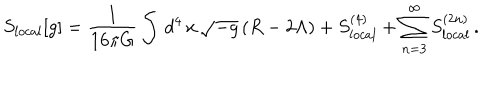
LaTeX: S _ { l o c a l } [ g ] = { \frac { 1 } { 1 6 \pi G } } \int \, d ^ { 4 } \, x \, \sqrt { - g } \, ( R - 2 \Lambda ) + S _ { l o c a l } ^ { ( 4 ) } + \sum _ { n = 3 } ^ { \infty } S _ { l o c a l } ^ { ( 2 n ) } \, .